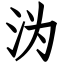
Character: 沩